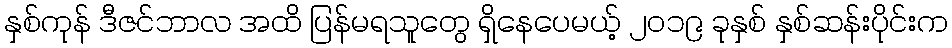
နှစ်ကုန် ဒီဇင်ဘာလ အထိ ပြန်မရသူတွေ ရှိနေပေမယ့် ၂၀၁၉ ခုနှစ် နှစ်ဆန်းပိုင်းက